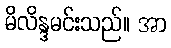
မိလိန္ဒမင်းသည်။ အာ